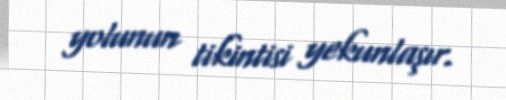
yolunun tikintisi yekunlaşır.